Report on sanitation, dispensaries, and jails in Rajputana for 1917, and on vaccination for the year 1917-1918 - 1917-1918
Year: 1917
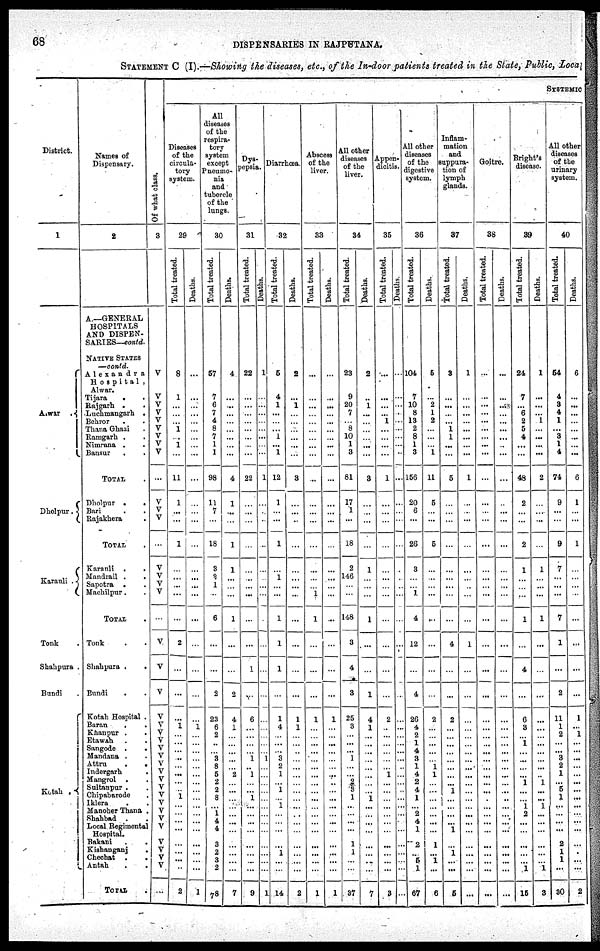
68
DISPENSARIES IN RAJPUTANA
STATEMENT C (I).—Showing the diseases, etc., of the In-door patients treated in the State, Public, Loca
District.
1
Alwar .
Dholpur.
Karauli .
Tonk
Shahpura .
Bundi
Kotah .
Names of
Dispensary.
2
A—GENERAL
HOSPITALS
AND DISPEN-
SARIES—contd.
NATIVE STATES
—contd
Alexandra
Hospital ,
Alwar.
Tijara
. .
Rajgarh .
Luchmangarh .
Behror . .
Thana Ghazi .
Ramgarh . .
Nimrana . .
Bansur
TOTAL .
Dholpur .
.
Bari . .
Rajakhera .
TOTAL .
Karauli .
.
Mandrail . .
Sapotra . .
Machilpur.
TOTAL .
Tonk . .
Shahpura . .
Bundi . .
Kotah Hospital .
Baran . .
Khanpur . .
Etawah . .
Sangode .
.
Mandana . .
Attru . .
Indergarh .
Mangrol . .
Sultanpur . .
Chipabarode .
Iklera . .
Manoher Thana .
Shahbad . .
Local Regimental
Hospital.
Bakani . .
Kishanganj .
Chechat . .
Antah . .
TOTAL .
Of what class.
3
V
V
V
V
V
V
V
V
V
...
V
V
V
...
V
V
V
V
...
V
V
V
V
V
V
V
V
V
V
V
V
V
V
V
V
V
V
V
V
V
V
...
SYSTEMIC
Diseases
of the
circula-
tory
system.
29
Total treated.
8
1
...
...
... 1
...
1
...
11
1
...
...
1
...
...
...
...
...
2
...
...
...
1
...
...
...
...
...
...
...
...
1
...
...
...
...
...
...
...
...
2
Deaths.
...
...
...
...
...
...
...
...
...
...
...
...
...
...
...
...
...
...
...
...
...
...
...
1
...
...
...
...
...
...
...
...
...
...
...
...
...
...
...
...
...
1
All
diseases
of the
respira-
tory
system
except
Pncumo¬
nia
and
tubercle
of the
lungs.
30
Total treated.
57
7
6
7
4
8
7
1
1
98
11
7
...
18
3
2
1
...
6
...
...
2
23
6
2
...
...
3
8
5
2
2
8
...
1
4
4
3 2
3
2
78
Deaths.
4
...
...
...
...
...
...
...
...
4
1
...
...
1
1
...
...
...
1
...
...
2
4
1
...
...
...
... ...
2
...
...
...
...
...
...
...
...
...
...
...
7
Dys¬
pepsia.
31
Total treated.
22
...
...
...
...
...
...
...
...
22
...
...
...
...
...
...
...
...
...
...
1
...
6
...
...
...
...
1
...
1
...
...
1
...
...
...
...
...
...
...
...
9
Deaths.
1
...
...
...
...
...
...
...
...
1
...
...
...
...
...
...
...
...
...
...
...
...
...
...
...
...
...
1
...
...
...
...
...
...
...
...
...
...
...
...
...
1
Diarrhœa.
32
Total treated.
5
4
1
...
...
...
1
...
1
12
1
...
...
1
...
1
...
...
1
1
1
...
1
4
...
...
...
3
2
1
...
1
...
1
...
...
...
...
1
...
...
14
Deaths.
2
...
1
...
...
...
...
...
...
3
...
...
...
...
...
...
...
...
...
...
...
...
1
1
...
...
...
...
...
...
...
...
...
...
...
...
...
...
...
...
...
2
Abscess
of the
liver.
33
Total treated.
...
...
...
...
...
...
...
...
...
...
...
...
...
...
...
...
...
1
1
...
...
...
1
...
...
...
...
...
...
...
...
...
...
...
...
...
...
...
...
...
...
1
Deaths.
...
...
...
...
...
...
...
...
...
...
...
...
...
...
...
...
...
...
...
...
...
...
1
...
...
...
...
...
...
...
...
...
...
...
...
...
...
...
...
...
...
1
All other
diseases
of the
liver.
34
Total treated.
23
9
20
7
... 8
10
1
3
81
17
1
...
18
2
146
...
...
148
3
4
3
25
3
...
...
...
1
...
...
2
3
1
...
...
...
...
1
1
...
...
37
Deaths.
2
...
1
...
...
...
...
...
...
3
...
...
...
...
1
...
...
...
1
....
...
1
4
1
...
...
...
...
...
...
...
...
1
... ...
...
...
...
...
...
...
7
Appen¬
dicitis.
35
Total treated.
...
...
...
...
1
...
...
...
...
1
...
...
...
...
...
...
...
...
...
...
...
...
2
...
...
...
...
...
...
1
...
...
...
... ...
...
...
...
...
...
...
3
Deaths
...
...
...
...
...
...
...
...
...
...
...
...
...
...
...
...
...
...
...
...
...
...
...
...
...
...
...
...
...
...
...
...
...
...
...
...
...
...
...
...
...
...
All other
diseases
of the
digestive
system.
36
Total treated.
104
7
10
8
13
2
8
1
3
158
20
6
...
26
3
...
...
1
4
12
...
4
26
4
2
1
4
3
1
4
2
4
1
...
2
4
1
2
...
5
1
67
Deaths.
5
...
2
1
2
...
...
...
1
11
5
...
...
5
...
...
...
...
...
...
...
...
2
...
...
...
...
...
1
1
...
...
...
...
...
...
...
1
...
1
...
6
Inflam-
mation
and
suppura-
tion of
lymph
glands.
37
Total treated.
3
...
...
...
...
1
1
...
...
5
...
...
...
...
...
...
...
...
...
4
...
...
2
...
...
...
...
...
...
...
...
...
...
... ...
...
1
...
1
...
...
5
Deaths.
1
...
...
...
...
...
...
...
...
1
...
...
...
...
...
...
...
...
...
1
...
...
...
...
...
...
...
...
...
...
...
...
...
...
...
...
...
...
...
...
...
...
Goitre.
38
Total treated.
...
...
...
...
...
...
...
...
...
...
...
...
...
...
...
...
...
...
...
...
...
...
...
...
...
...
...
... ...
...
...
...
...
... ...
...
...
...
...
...
...
...
Deaths.
...
...
...
...
...
...
...
...
...
...
...
...
...
...
...
...
...
...
...
...
...
...
...
...
...
...
...
... ...
...
...
... ...
... ...
...
...
...
...
...
...
...
Bright's
disease.
39
Total treated.
24
7
... 6
2
5
4
...
...
48
2
...
...
2
1
...
...
...
1
...
4
...
6
3
...
1
...
... ...
...
1
...
...
...
9
...
...
...
...
...
1
15
Deaths.
1
...
...
...
1
...
...
...
...
2
...
...
...
...
1
...
...
...
1
...
...
...
...
...
...
...
...
... ...
...
1
...
...
...
...
...
...
...
...
...
1
3
All other
diseases
of the
urinary
system.
40
Total treated.
54
4
3
4
1
...
3
1
4
74
9
...
...
9
7
...
...
...
7
1
...
2
11
1
2
...
...
3
2
1
...
5
1
...
...
...
...
2
1
1
...
30
Deaths.
6
...
...
...
...
...
...
...
...
6
1
...
...
1
...
...
...
...
...
...
...
...
1
... 1
...
...
...
...
...
...
...
...
...
...
...
...
...
...
...
...
2